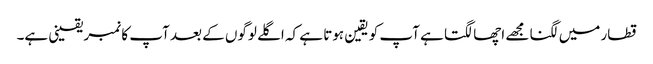
قطار میں لگنا مجھے اچھا لگتا ہے آپ کو یقین ہوتا ہے کہ اگلے لوگوں کے بعد آپ کا نمبر یقینی ہے۔